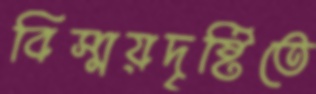
বিস্ময়দৃষ্টিতে